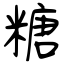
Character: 糖